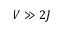
V \gg 2 J